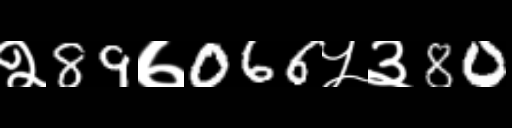
Text: २89७066५३80